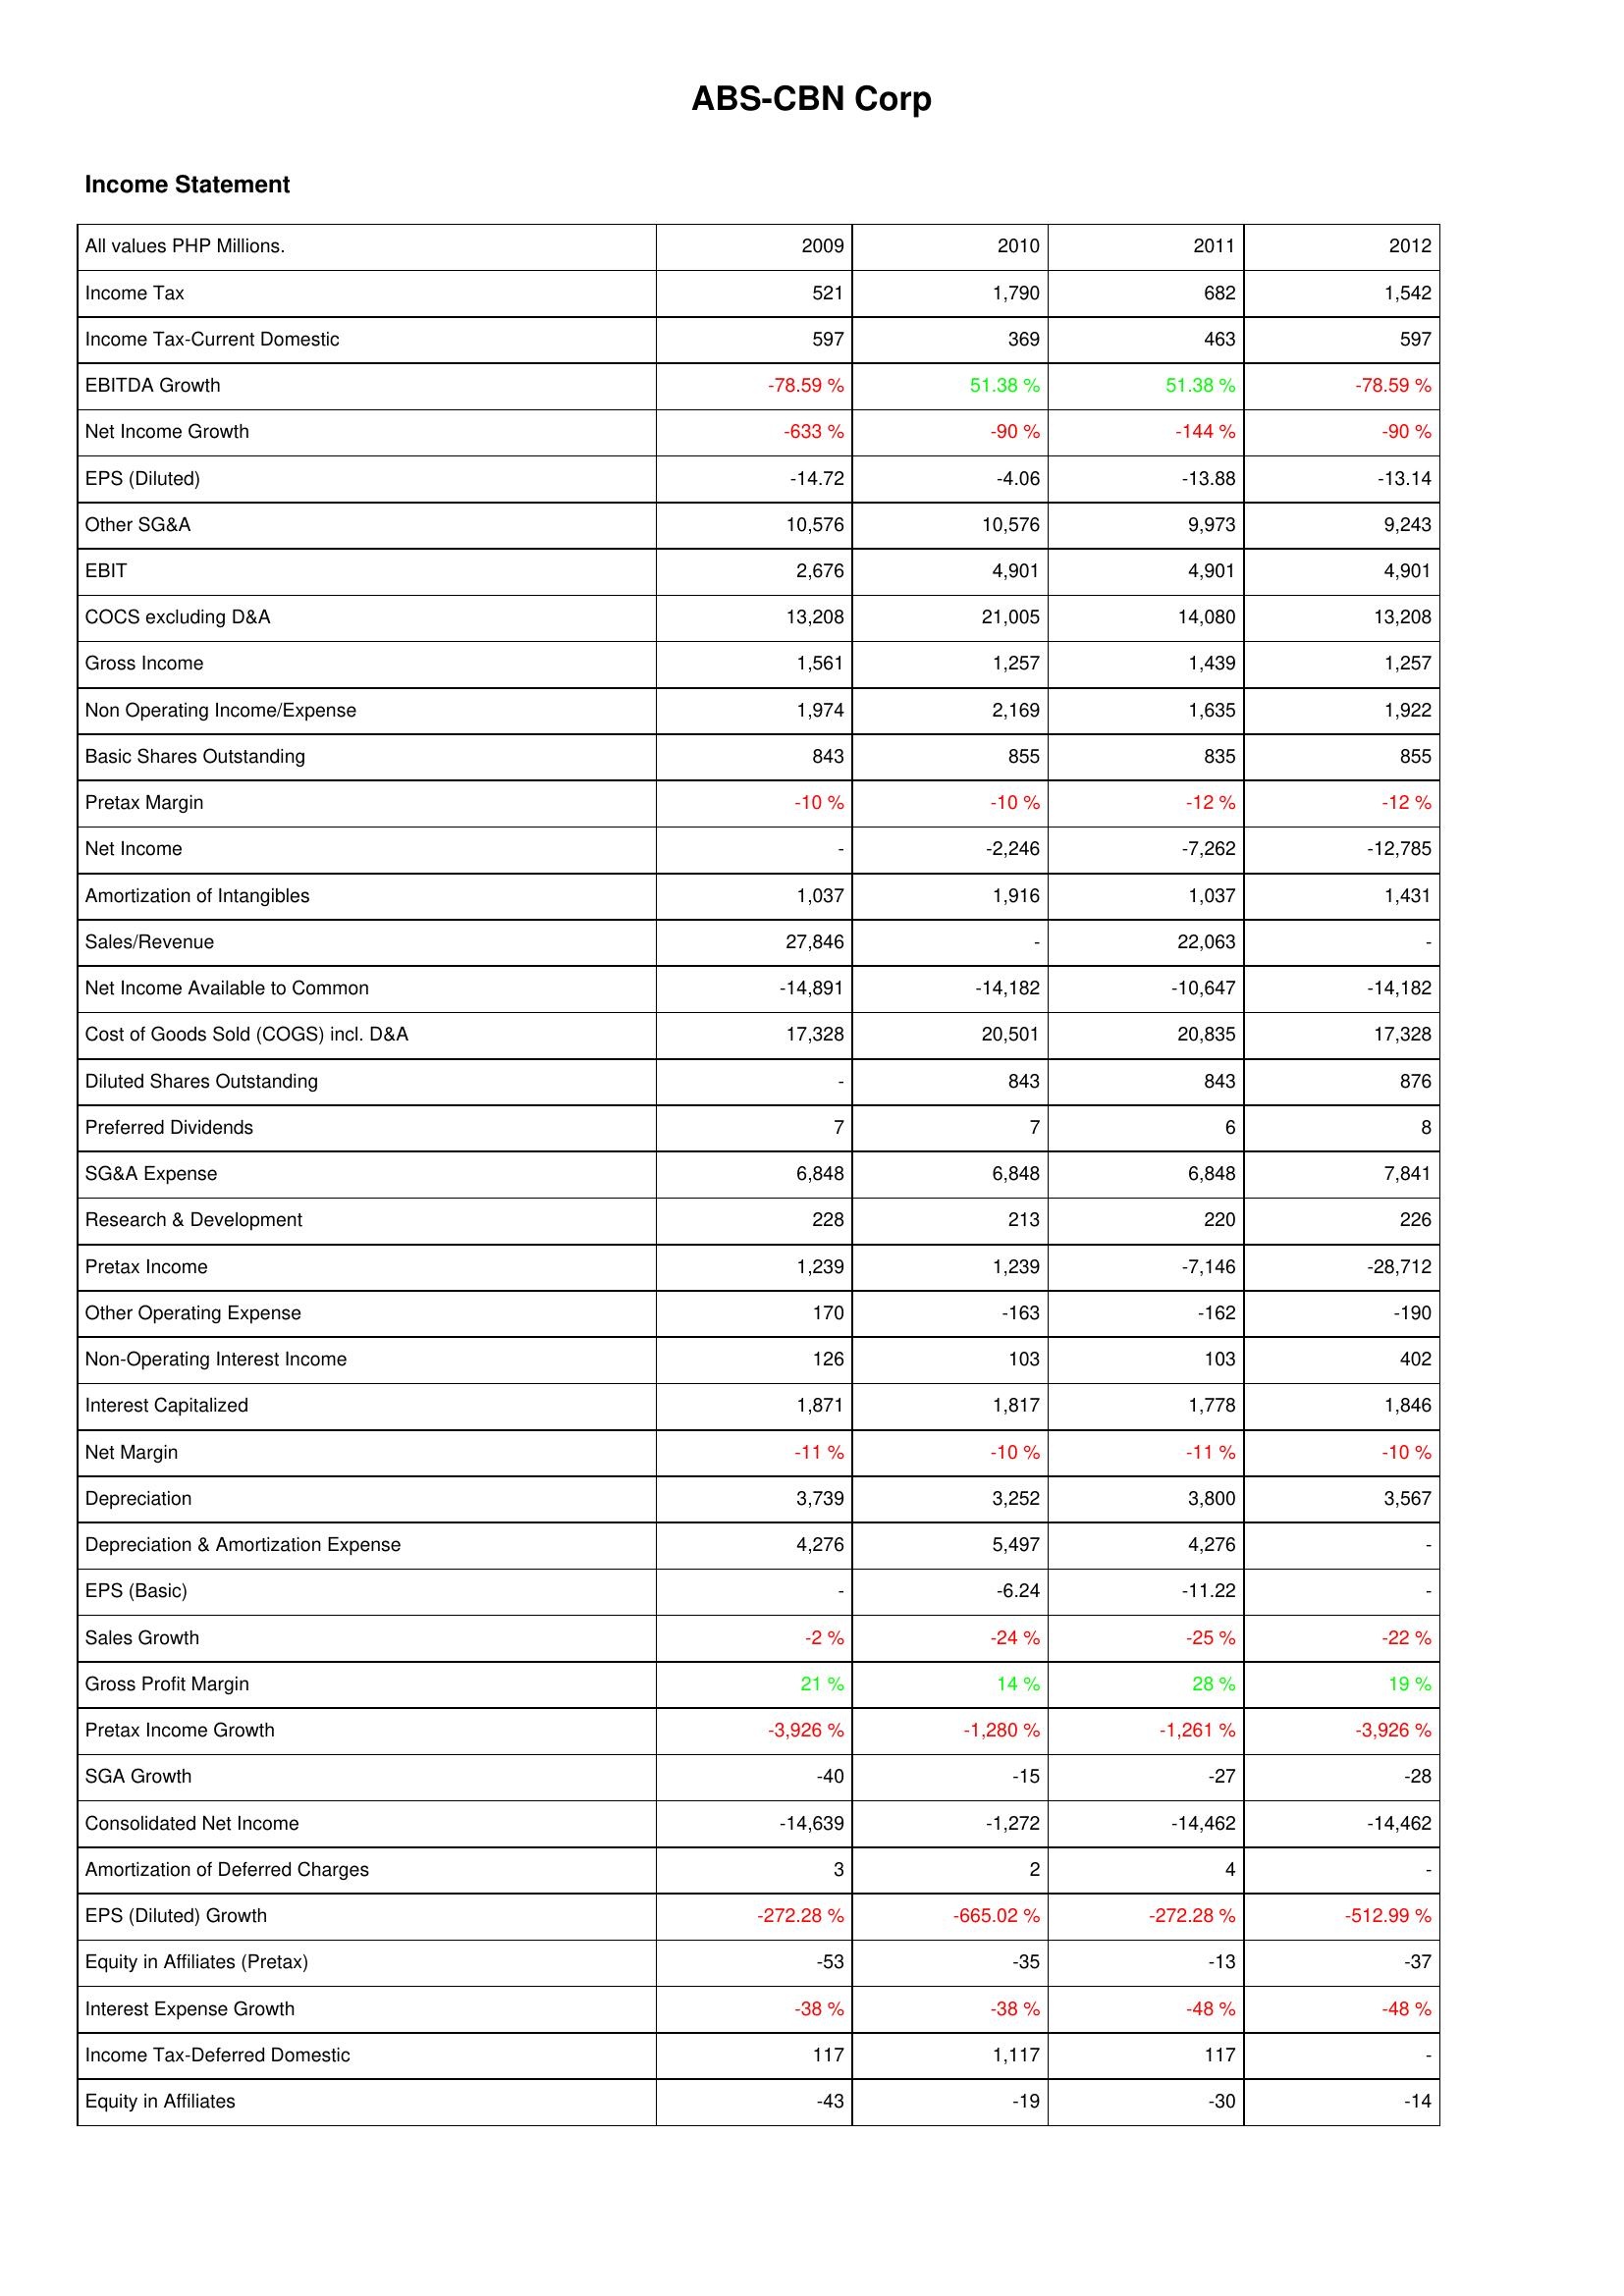
2009: Income Statement: Income Tax: 521
Income Tax-Current Domestic: 597
EBITDA Growth: -78.59 %
Net Income Growth: -633 %
EPS (Diluted): -14.72
Other SG&A: 10,576
EBIT: 2,676
COCS excluding D&A: 13,208
Gross Income: 1,561
Non Operating Income/Expense: 1,974
Basic Shares Outstanding: 843
Pretax Margin: -10 %
Net Income: -
Amortization of Intangibles: 1,037
Sales/Revenue: 27,846
Net Income Available to Common: -14,891
Cost of Goods Sold (COGS) incl. D&A: 17,328
Diluted Shares Outstanding: -
Preferred Dividends: 7
SG&A Expense: 6,848
Research & Development: 228
Pretax Income: 1,239
Other Operating Expense: 170
Non-Operating Interest Income: 126
Interest Capitalized: 1,871
Net Margin: -11 %
Depreciation: 3,739
Depreciation & Amortization Expense: 4,276
EPS (Basic): -
Sales Growth: -2 %
Gross Profit Margin: 21 %
Pretax Income Growth: -3,926 %
SGA Growth: -40
Consolidated Net Income: -14,639
Amortization of Deferred Charges: 3
EPS (Diluted) Growth: -272.28 %
Equity in Affiliates (Pretax): -53
Interest Expense Growth: -38 %
Income Tax-Deferred Domestic: 117
Equity in Affiliates: -43
2010: Income Statement: Income Tax: 1,790
Income Tax-Current Domestic: 369
EBITDA Growth: 51.38 %
Net Income Growth: -90 %
EPS (Diluted): -4.06
Other SG&A: 10,576
EBIT: 4,901
COCS excluding D&A: 21,005
Gross Income: 1,257
Non Operating Income/Expense: 2,169
Basic Shares Outstanding: 855
Pretax Margin: -10 %
Net Income: -2,246
Amortization of Intangibles: 1,916
Sales/Revenue: -
Net Income Available to Common: -14,182
Cost of Goods Sold (COGS) incl. D&A: 20,501
Diluted Shares Outstanding: 843
Preferred Dividends: 7
SG&A Expense: 6,848
Research & Development: 213
Pretax Income: 1,239
Other Operating Expense: -163
Non-Operating Interest Income: 103
Interest Capitalized: 1,817
Net Margin: -10 %
Depreciation: 3,252
Depreciation & Amortization Expense: 5,497
EPS (Basic): -6.24
Sales Growth: -24 %
Gross Profit Margin: 14 %
Pretax Income Growth: -1,280 %
SGA Growth: -15
Consolidated Net Income: -1,272
Amortization of Deferred Charges: 2
EPS (Diluted) Growth: -665.02 %
Equity in Affiliates (Pretax): -35
Interest Expense Growth: -38 %
Income Tax-Deferred Domestic: 1,117
Equity in Affiliates: -19
2011: Income Statement: Income Tax: 682
Income Tax-Current Domestic: 463
EBITDA Growth: 51.38 %
Net Income Growth: -144 %
EPS (Diluted): -13.88
Other SG&A: 9,973
EBIT: 4,901
COCS excluding D&A: 14,080
Gross Income: 1,439
Non Operating Income/Expense: 1,635
Basic Shares Outstanding: 835
Pretax Margin: -12 %
Net Income: -7,262
Amortization of Intangibles: 1,037
Sales/Revenue: 22,063
Net Income Available to Common: -10,647
Cost of Goods Sold (COGS) incl. D&A: 20,835
Diluted Shares Outstanding: 843
Preferred Dividends: 6
SG&A Expense: 6,848
Research & Development: 220
Pretax Income: -7,146
Other Operating Expense: -162
Non-Operating Interest Income: 103
Interest Capitalized: 1,778
Net Margin: -11 %
Depreciation: 3,800
Depreciation & Amortization Expense: 4,276
EPS (Basic): -11.22
Sales Growth: -25 %
Gross Profit Margin: 28 %
Pretax Income Growth: -1,261 %
SGA Growth: -27
Consolidated Net Income: -14,462
Amortization of Deferred Charges: 4
EPS (Diluted) Growth: -272.28 %
Equity in Affiliates (Pretax): -13
Interest Expense Growth: -48 %
Income Tax-Deferred Domestic: 117
Equity in Affiliates: -30
2012: Income Statement: Income Tax: 1,542
Income Tax-Current Domestic: 597
EBITDA Growth: -78.59 %
Net Income Growth: -90 %
EPS (Diluted): -13.14
Other SG&A: 9,243
EBIT: 4,901
COCS excluding D&A: 13,208
Gross Income: 1,257
Non Operating Income/Expense: 1,922
Basic Shares Outstanding: 855
Pretax Margin: -12 %
Net Income: -12,785
Amortization of Intangibles: 1,431
Sales/Revenue: -
Net Income Available to Common: -14,182
Cost of Goods Sold (COGS) incl. D&A: 17,328
Diluted Shares Outstanding: 876
Preferred Dividends: 8
SG&A Expense: 7,841
Research & Development: 226
Pretax Income: -28,712
Other Operating Expense: -190
Non-Operating Interest Income: 402
Interest Capitalized: 1,846
Net Margin: -10 %
Depreciation: 3,567
Depreciation & Amortization Expense: -
EPS (Basic): -
Sales Growth: -22 %
Gross Profit Margin: 19 %
Pretax Income Growth: -3,926 %
SGA Growth: -28
Consolidated Net Income: -14,462
Amortization of Deferred Charges: -
EPS (Diluted) Growth: -512.99 %
Equity in Affiliates (Pretax): -37
Interest Expense Growth: -48 %
Income Tax-Deferred Domestic: -
Equity in Affiliates: -14